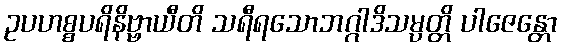
ဥပဟစ္စပရိနိဗ္ဗာယီတိ သရီရသောဘဂ္ဂါဒိသမ္ပတ္တိ ပါဇေန္တော